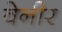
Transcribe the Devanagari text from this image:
वेनीर